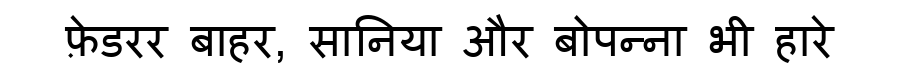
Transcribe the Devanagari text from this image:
फ़ेडरर बाहर, सानिया और बोपन्ना भी हारे